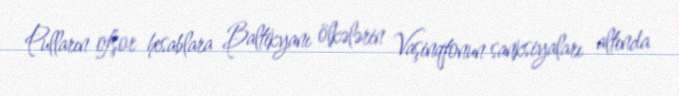
Pulların ofşor hesablara Baltikyanı ölkələrin Vaşinqtonun sanksiyaları altında